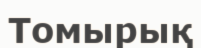
Томырық